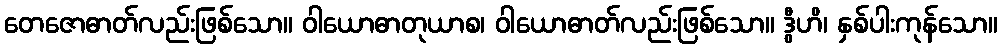
တေဇောဓာတ်လည်းဖြစ်သော။ ဝါယောဓာတုယာစ၊ ဝါယောဓာတ်လည်းဖြစ်သော။ ဒွီဟိ၊ နှစ်ပါးကုန်သော။